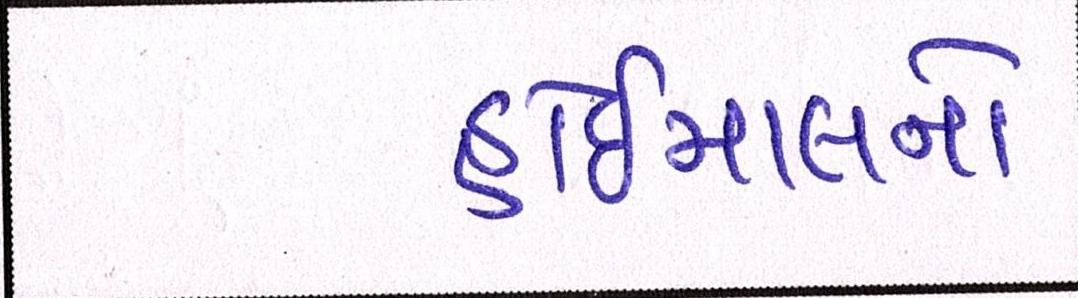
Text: હોઇમાલનો